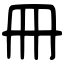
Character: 冊